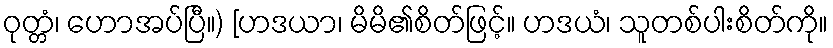
ဝုတ္တံ၊ ဟောအပ်ပြီ။) [ဟဒယာ၊ မိမိ၏စိတ်ဖြင့်။ ဟဒယံ၊ သူတစ်ပါးစိတ်ကို။